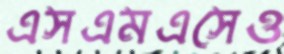
এসএমএসেও